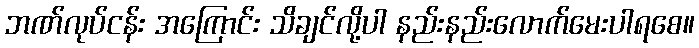
ဘဏ်လုပ်ငန်း အကြောင်း သိချင်လို့ပါ နည်းနည်းလောက်မေးပါရစေ။